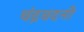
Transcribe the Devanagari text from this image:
चंद्रवदनी